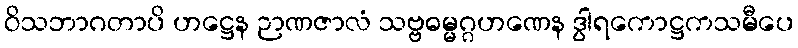
ဝိသဘာဂတာပိ ဟဋ္ဌေန ဉာဏဇာလံ သဗ္ဗဓမ္မဂ္ဂဟဏေန ဒွါရကောဋ္ဌကသမီပေ